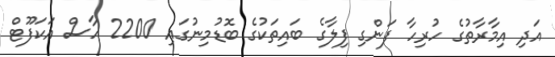
އަދި އިމާރާތުގެ ހުރިހާ ފަންގި ފިލާގެ ބައިތަކުގެ ބޮޑުމިނުގައި 2200 ހާސް އަކަފޫޓް